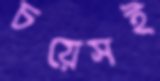
চয়েসই